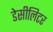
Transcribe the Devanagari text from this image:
डेसीलिटर